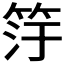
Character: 𬔿